Lunatic asylums Madras 1892-1911 - 1892-1911
Year: 1892
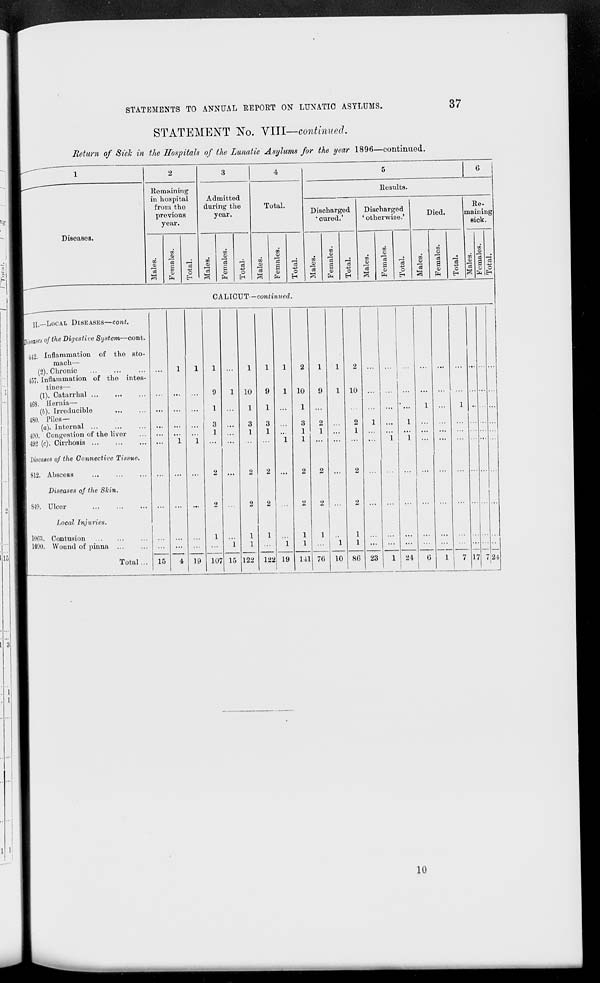
STATEMENTS TO ANNUAL REPORT ON LUNATIC ASYLUMS.
37
STATEMENT No. VIII—continued.
Return of Side in the Hospitals of the Lunatic Asylums for the year 1896—continued.
1
2
3
4
5
6
Remaining
Results.
in hospital
from the
previous
year.
Admitted
during the
year.
Total.
Discharged
1 cured.'
Discharged
' otherwise.'
Died.
i
Re-
maining
sick.
Diseases.
CO
co
"3
as
2 o
13
O
H
m
00
co
S3
ft
a
H
CO
■
13
S
CD
ft
13
o
CO
01
13
CO
CO
13
£
53
13
o
EH
CO
CO
13
3
CO
<D
13
s
CO
ft
p
CO
ID
CO
O)
13
a
CO
ft
1i
c
DO
03
13
3
u3
13
a
CO
13
0
EH
CALICUT—continued.
II.—LOCAL DISEASES—cont.
biases of the Digestive. System—cont.
442. Inflammation of the sto-
mach—
(2). Chronic
1
1
1
1
i
1
2
i
1
2
...
45". Inflammation of the intes-
tines—
(1). Catarrhal
...
9
1 10
9
1 10
9
1 10
...
...
...
...
...
468. Hernia—
(b). Irreducible
...
1
1
1
1
...
i
...
1
480. Piles—
(a). Internal ...
...
3
3
3
3
2
2
1
1
400. Congestion of the liver
1
1
1
1
1
1
...
492 (c). Cirrhosis
...
1
1 ...
...
1
1
...
...
...
...
1
1
...
...
...
diseases of the Connective Tissue.
812. Abscess
...
...
...
...
2 ...
2
2 ...
2
2 ...
2
...
...
...
... ... ...
Diseases of the Skin.
849. Ulcer
...
...
...
2
2
2
2
2
2 ...
...
...
...
...
...
Local Injuries.
1063. Contusion
1
1
1
1
1
1
1090. Wound of pinna
...
...
1
1
1
1
1
1
...
...
...
...
... ... ...
Total...
15
4 19 107 15 122 122 19 141 76 10 86 23
1 24
6
1
7 17
24
10